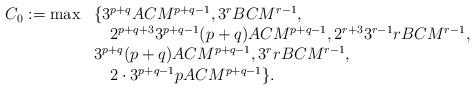
LaTeX: \begin{align*}\begin{array}{ll}C_0:=\max &\{3^{p+q}ACM^{p+q-1},3^rBCM^{r-1},\\&\quad2^{p+q+3}3^{p+q-1}(p+q)ACM^{p+q-1}, 2^{r+3}3^{r-1}rBCM^{r-1},\\&3^{p+q}(p+q)ACM^{p+q-1},3^rrBCM^{r-1},\\&\quad2\cdot3^{p+q-1}pACM^{p+q-1}\}.\end{array}\end{align*}